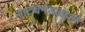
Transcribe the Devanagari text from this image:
नाट्यमंडळाशी